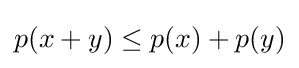
p(x+y)\leq p(x)+p(y)